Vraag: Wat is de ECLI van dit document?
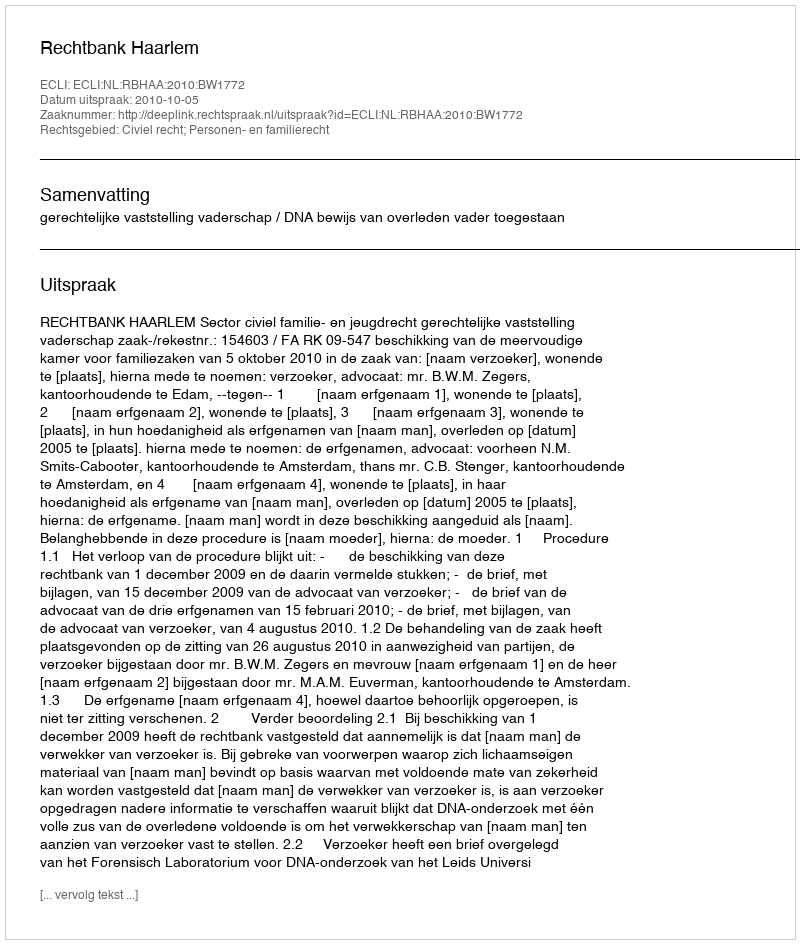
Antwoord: ECLI:NL:RBHAA:2010:BW1772